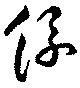
糸